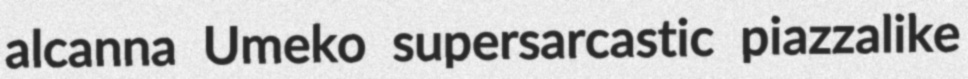
alcanna Umeko supersarcastic piazzalike